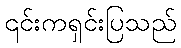
၎င်းကရှင်းပြသည်